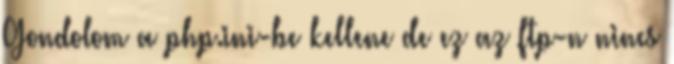
Gondolom a php.ini-be kellene de ez az ftp-n nincs